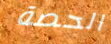
الحصة